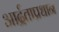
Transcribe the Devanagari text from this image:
आर्द्रताप्रधान